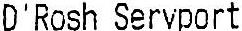
D'ROSH SERVPORT